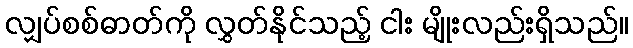
လျှပ်စစ်ဓာတ်ကို လွှတ်နိုင်သည့် ငါး မျိုးလည်းရှိသည်။